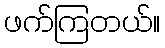
ဖက်ကြတယ်။